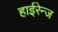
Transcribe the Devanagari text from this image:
हाईरेन्ज